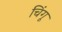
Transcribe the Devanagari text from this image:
चिंगू